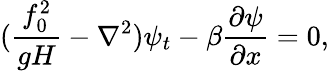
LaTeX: (\frac{f_{0}^{2}}{gH}-\nabla^{2})\psi_{t}-\beta\frac{\partial\psi}{\partial x}=0,